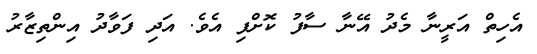
އެހިތް އަރީނާ މެދު އޭނާ ސާފު ކޮށްފި އެވެ. އަދި ފަވާދު އިންތިޒާރު